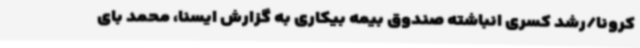
کرونا/رشد کسری انباشته صندوق بیمه بیکاری به گزارش ایسنا، محمد بای